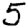
Digit: 5